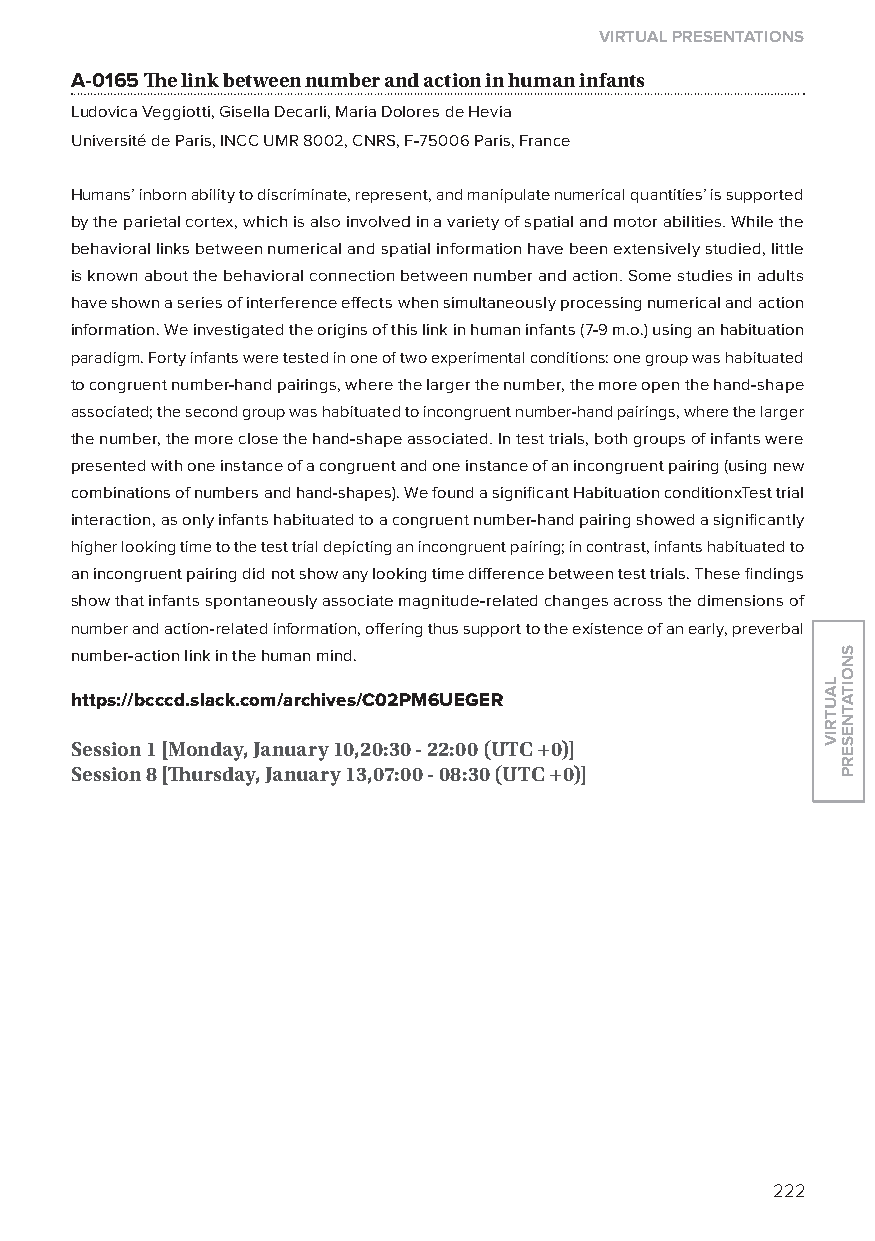
virtual presentations
 A-0165 The link between number and action in human infants
 ludovica Veggiotti, Gisella Decarli, Maria Dolores de Hevia
 Université de Paris, INCC UMR 8002, CNRS, F-75006 Paris, France
 Humans’ inborn ability to discriminate, represent, and manipulate numerical quantities’ is supported
 by the parietal cortex, which is also involved in a variety of spatial and motor abilities. While the
 behavioral links between numerical and spatial information have been extensively studied, little
 is known about the behavioral connection between number and action. Some studies in adults
 have shown a series of interference effects when simultaneously processing numerical and action
 information. We investigated the origins of this link in human infants (7-9 m.o.) using an habituation
 paradigm. Forty infants were tested in one of two experimental conditions: one group was habituated
 to congruent number-hand pairings, where the larger the number, the more open the hand-shape
 associated; the second group was habituated to incongruent number-hand pairings, where the larger
 the number, the more close the hand-shape associated. In test trials, both groups of infants were
 presented with one instance of a congruent and one instance of an incongruent pairing (using new
 combinations of numbers and hand-shapes). We found a significant Habituation conditionxTest trial
 interaction, as only infants habituated to a congruent number-hand pairing showed a significantly
 higher looking time to the test trial depicting an incongruent pairing; in contrast, infants habituated to
 an incongruent pairing did not show any looking time difference between test trials. These findings
 show that infants spontaneously associate magnitude-related changes across the dimensions of
 number and action-related information, offering thus support to the existence of an early, preverbal
 number-action link in the human mind.
 https://bcccd.slack.com/archives/C02pM6ueGer
 session 1 [monday, January 10,20:30 - 22:00 (utC +0)]
 session 8 [Thursday, January 13,07:00 - 08:30 (utC +0)]
 222
 lautriv
 snoitatneserp